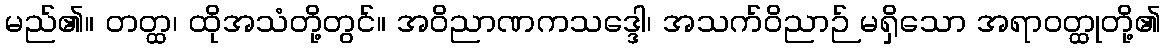
မည်၏။ တတ္ထ၊ ထိုအသံတို့တွင်။ အဝိညာဏကသဒ္ဒေါ၊ အသက်ဝိညာဉ် မရှိသော အရာဝတ္ထုတို့၏